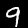
Digit: 9